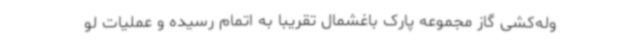
وله‌کشی گاز مجموعه پارک باغشمال تقریبا به اتمام رسیده و عملیات لو